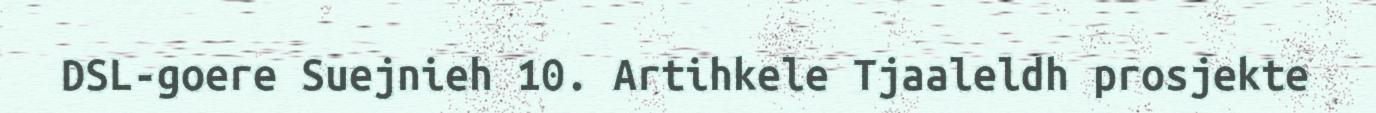
DSL-goere Suejnieh 10. Artihkele Tjaaleldh prosjekte